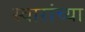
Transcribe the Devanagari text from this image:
स्वारांच्या